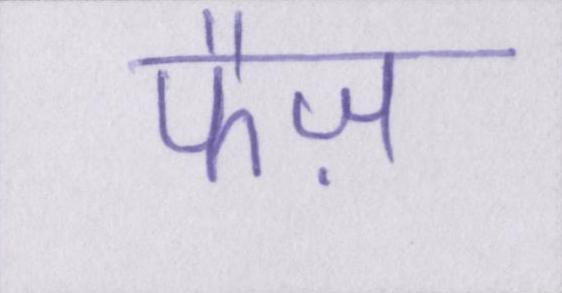
फैज़